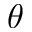
\theta